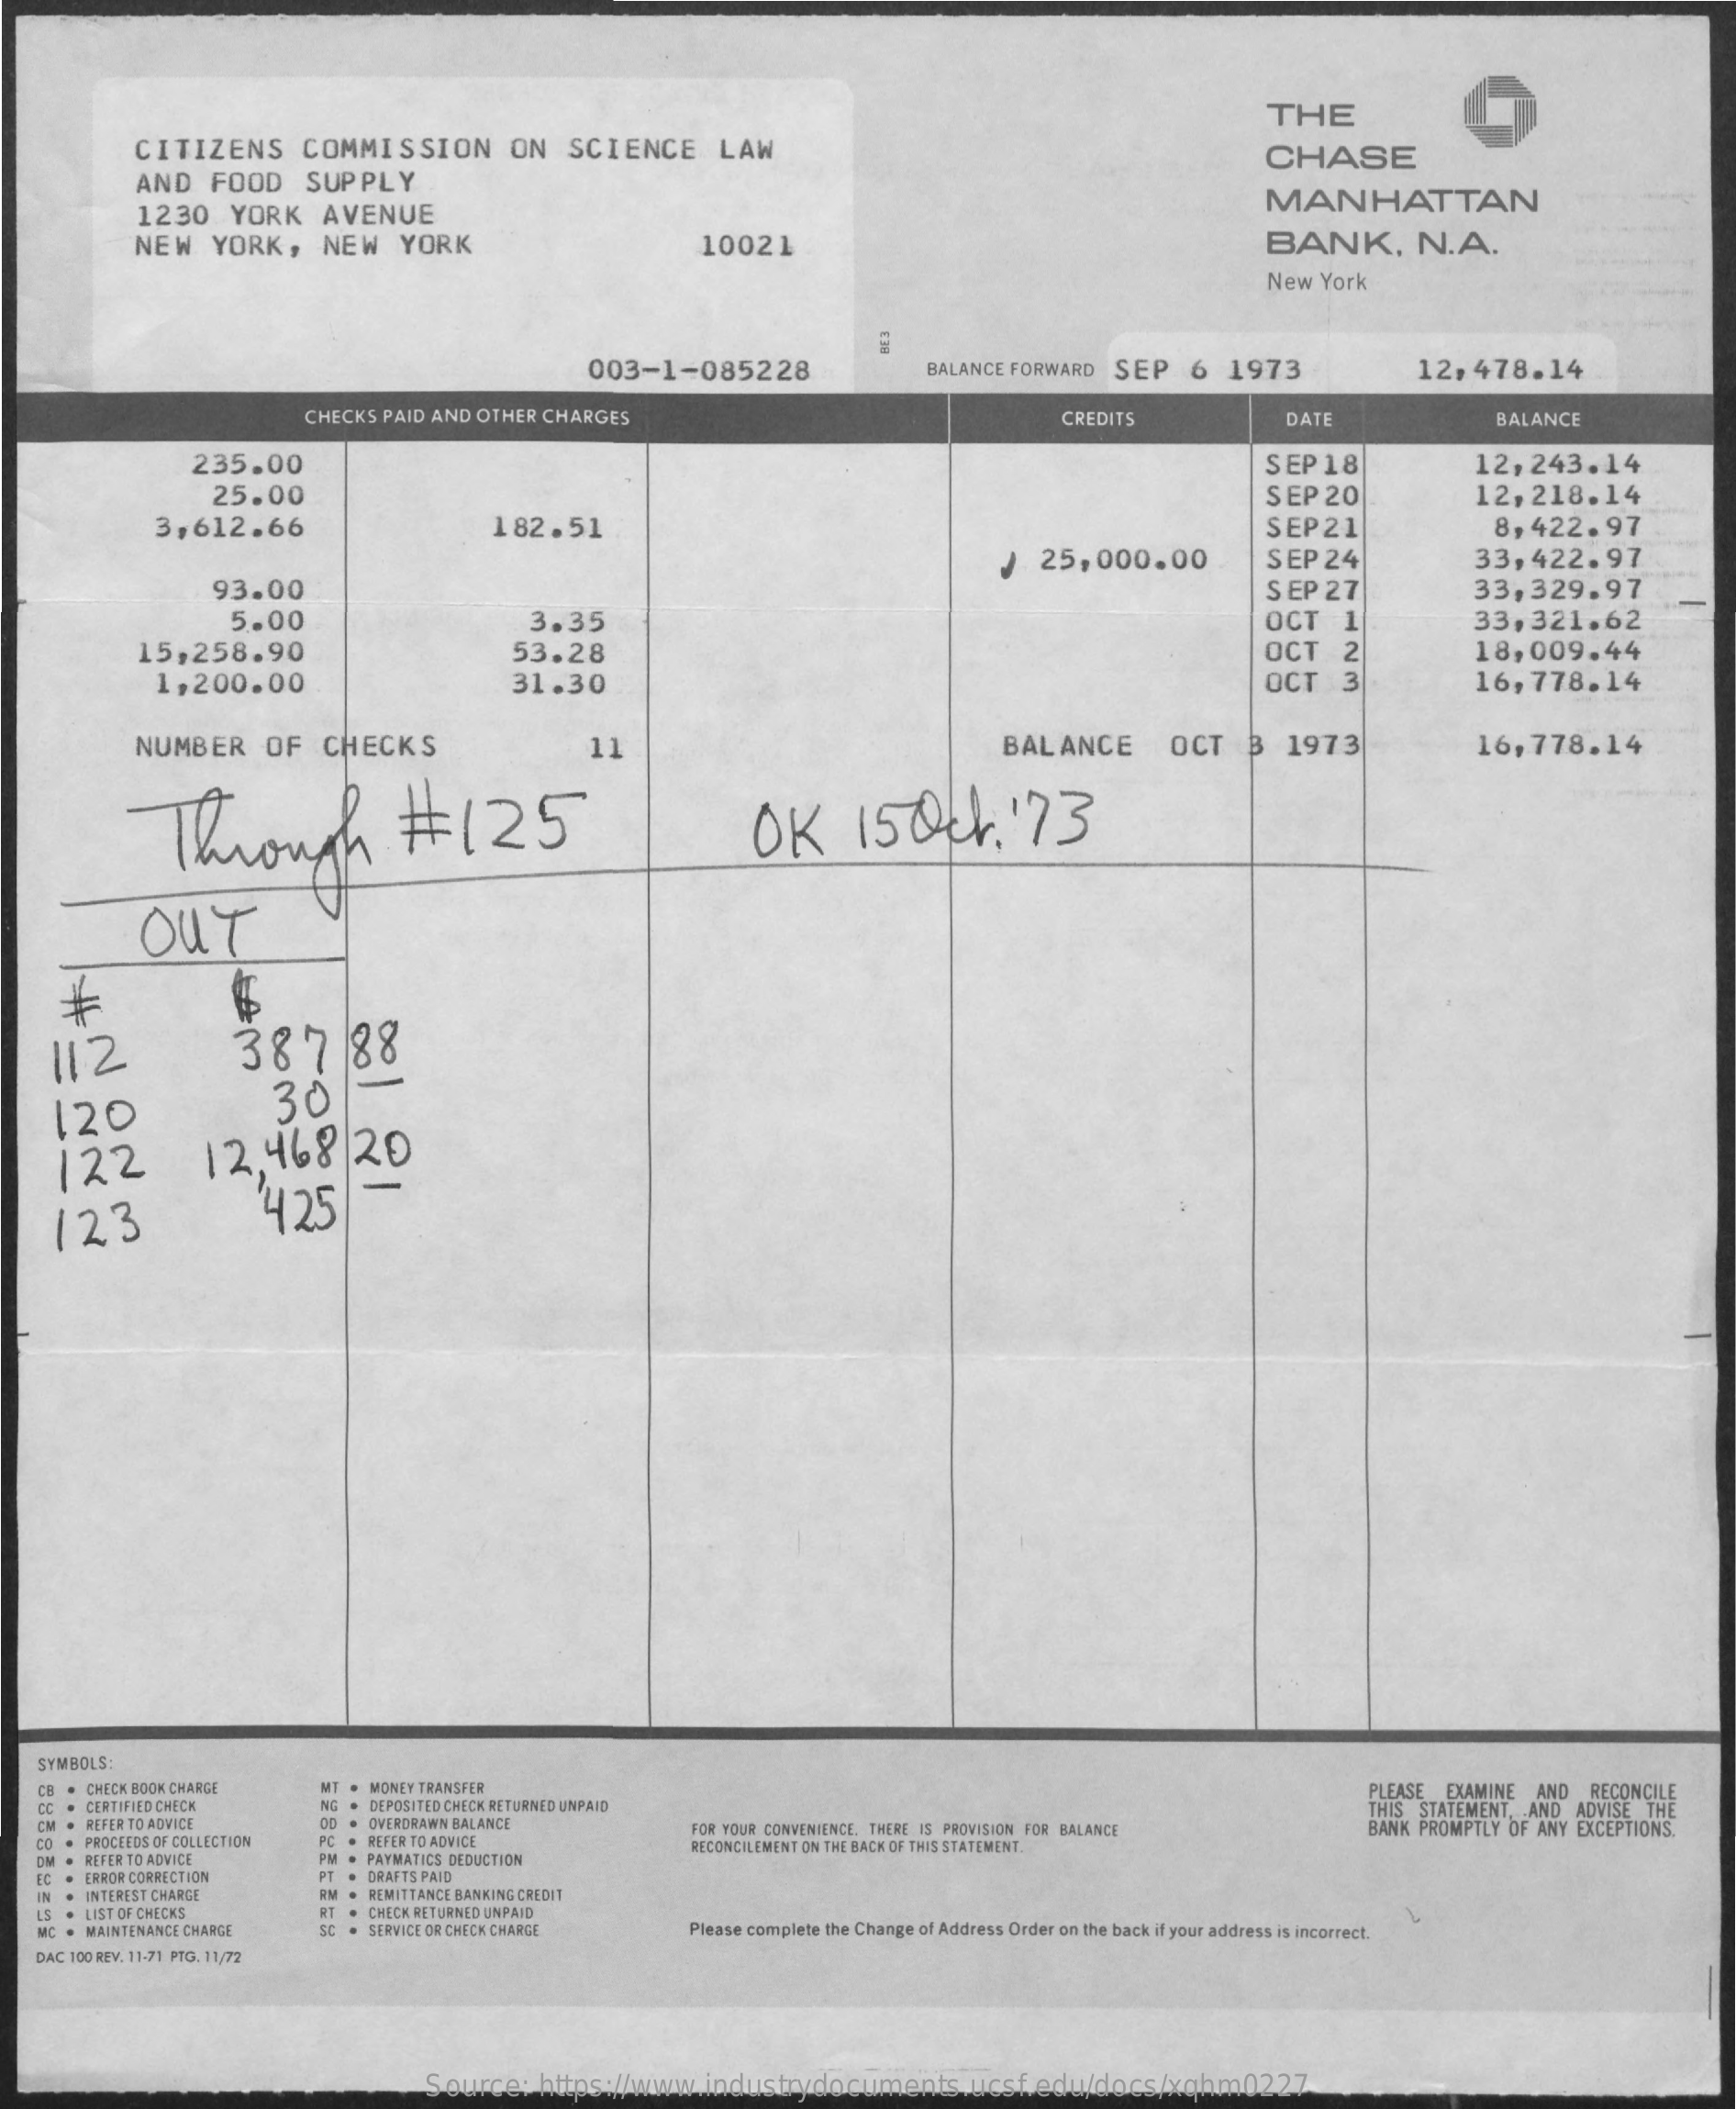
THE
     CITIZENS    COMMISSION    ON   SCIENCE    LAW    CHASE
     AND   FOOD    SUPPLY
     1230    YORK    AVENUE
     MANHATTAN
     NEW   YORK,    NEW    YORK    10021    BANK,    N.A.
     New  York
     003-1-085228    BALANCE FORWARD SEP    6  1973    12,478.14
     CHECKS PAID AND OTHER CHARGES    CREDITS    DATE    BALANCE
     235.00    SEP  18    12,243.14
     25.00    SEP  20    12,218.14
     3,612.66    182.51    SEP21    8,422.97
     93.00
     25,000.00    SEP  24
     SEP  27
     33,422.97
     33,329.97
     5.00
     15,258.90
     3.35    33,321.62
     53.28
     OCT    1
     OCT    2    18,009.44
     1,200.00    31.30    OCT    3    16,778.14
     NUMBER    OF   CHECKS    11    BALANCE    OCT   ₿   1973    16,778.14
     Through    #    125    OK    15    001.    73
     OUT
    112    387    88
     120    30
     122    12.468    /20
    123    1425
   SYMBOLS:
    CB . CHECK BOOK CHARGE  MT . MONEY TRANSFER    PLEASE EXAMINE AND RECONCILE
     2897
   CC . CERTIFIED CHECK    NG . DEPOSITED CHECK RETURNED UNPAID
   CM . REFER TO ADVICE    OD . OVERDRAWN BALANCE
     THIS STATEMENT, AND ADVISE THE
   CD . PROCEEDS OF COLLECTION PC . REFER TO ADVICE
     FOR YOUR CONVENIENCE, THERE IS PROVISION FOR BALANCE
     RECONCILEMENT ON THE BACK OF THIS STATEMENT.
     BANK PROMPTLY OF ANY EXCEPTIONS.
   DM . REFER TO ADVICE    PM . PAYMATICS DEDUCTION
   EC . ERROR CORRECTION    PT . DRAFTS PAID
   IN . INTEREST CHARGE    IM . REMITTANCE BANKING CREDIT
   45 . LIST OF CHECKS    RT . CHECK RETURNED UNPAID
   MIC . MAINTENANCE CHARGE SC . SERVICE OR CHECK CHARGE    Please complete the Change of Address Order on the back if your address is incorrect.
   DAC 100 REV. 11-71 PIG. 11/72
     Source:   https://www.industrydocuments.ucsf.edu/docs/xqhm0227